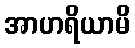
အာဟရိယာမိ